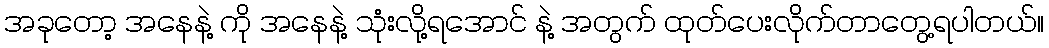
အခုတော့ အနေနဲ့ ကို အနေနဲ့ သုံးလို့ရအောင် နဲ့ အတွက် ထုတ်ပေးလိုက်တာတွေ့ရပါတယ်။